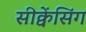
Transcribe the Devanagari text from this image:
सीक्वेंसिंग